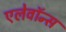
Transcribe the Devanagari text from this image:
एलेवॉन्स